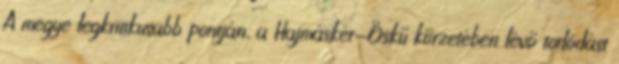
A megye legkritikusabb pontján, a Hajmáskér-Öskű körzetében lévő torlódást